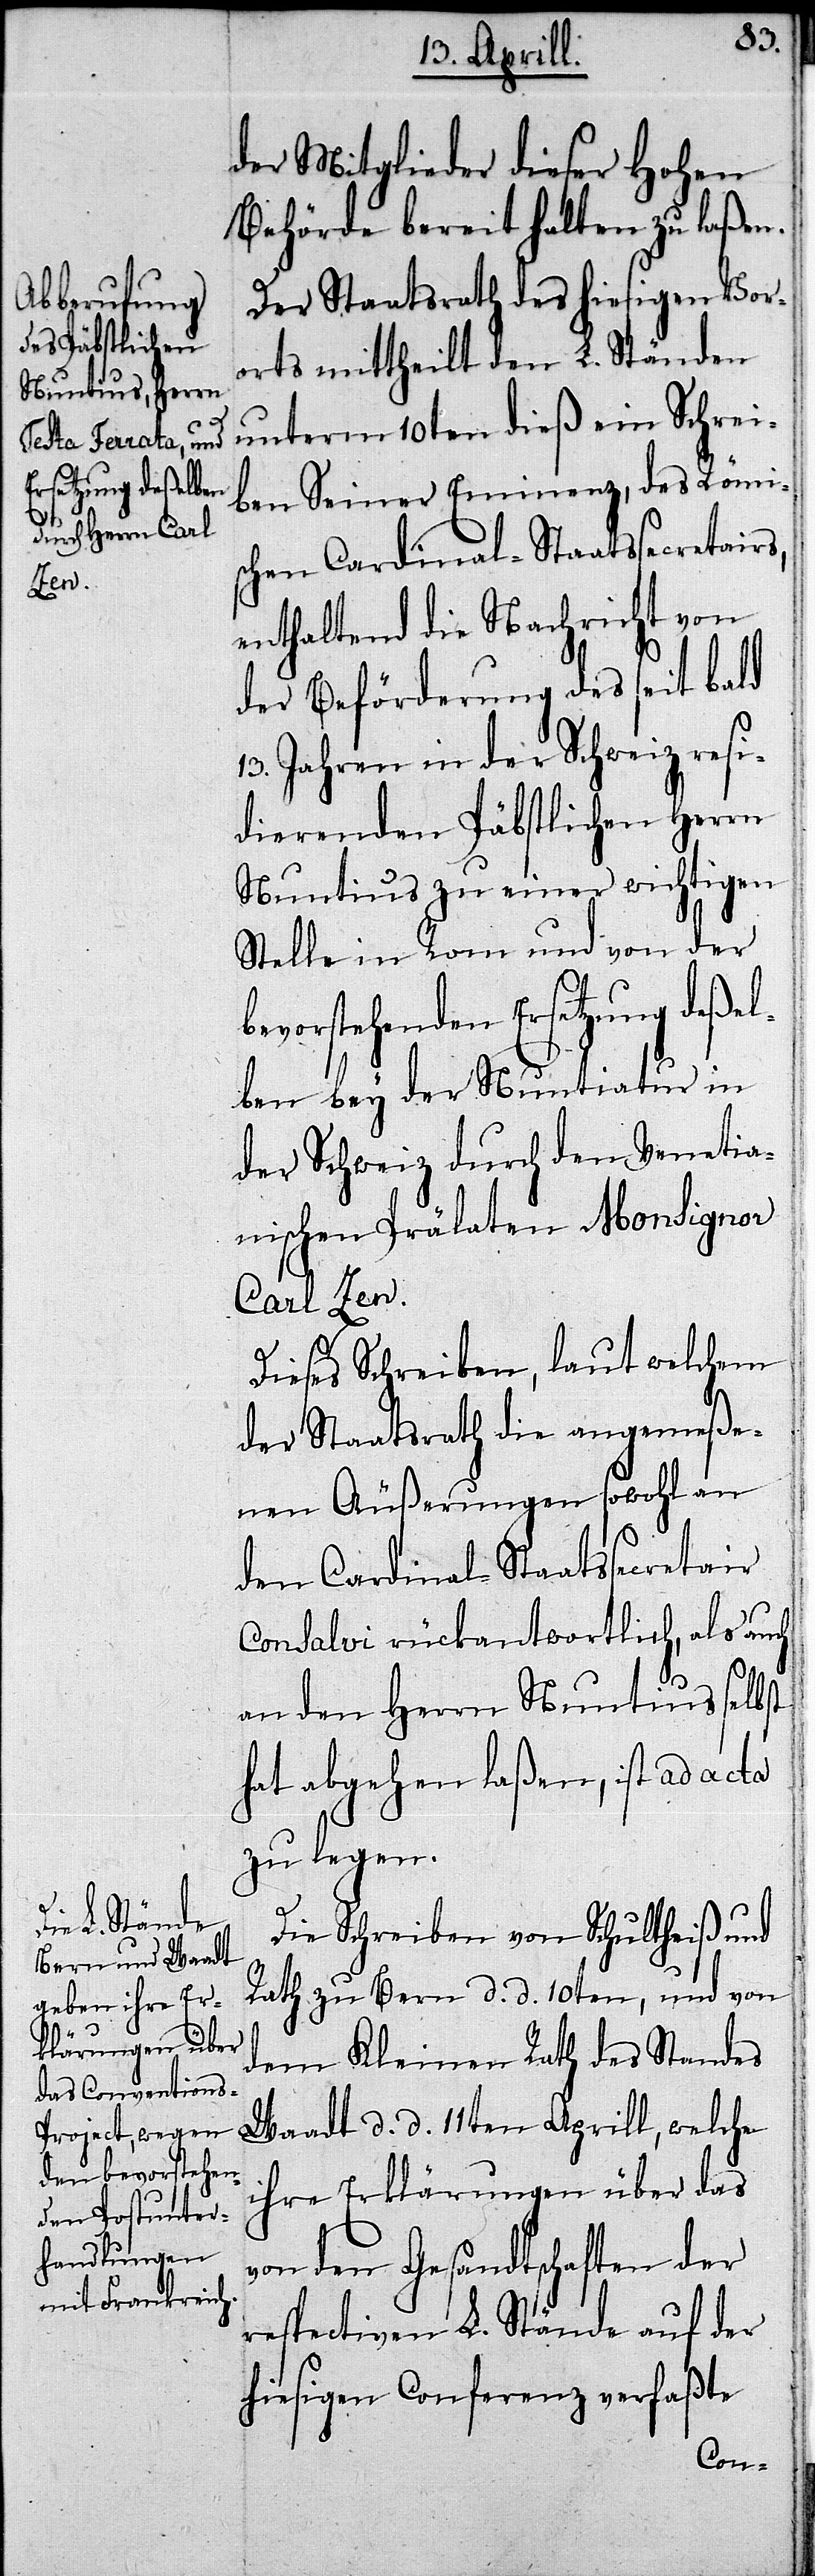
der Mitglieder dieser Hohen
Behörde bereit halten zu laßen.
Der Staatsrath des hiesigen Vor¬
orts mittheilt den L. Ständen
unterm 10ten dieß ein Schrei¬
ben Seiner Eminenz, des Römis¬
chen Cardinal-Staatssecretairs,
enthaltend die Nachricht von
der Beförderung des seit bald
13. Jahren in der Schweiz resi¬
dierenden Päbstlichen Herrn
Nuntius zu einer wichtigen
Stelle in Rom und von der
bevorstehenden Ersetzung deßel¬
ben bey der Nuntiatur in
der Schweiz durch den Venetia¬
nischen Prälaten Monsignor
Carl Zen.
Dieses Schreiben, laut welchem
der Staatsrath die angemeße¬
nen Äußerungen sowohl an
den Cardinal-Staatssecretair
Consalvi rückantwortlich, als auch
an den Herrn Nuntius selbst
hat abgehen laßen, ist ad acta
zu legen.
Die Schreiben von Schultheiß und
Rath zu Bern d. d. 10ten, und von
dem Kleinen Rath des Standes
Waadt d. d. 11ten Aprill, welche
ihre Erklärungen über das
von den Gesandtschaften der
respectiven L. Stände auf der
hiesigen Conferenz verfaßte